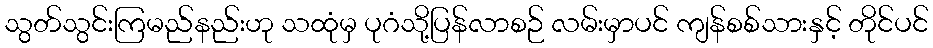
သွတ်သွင်းကြမည်နည်းဟု သထုံမှ ပုဂံသို့ပြန်လာစဉ် လမ်းမှာပင် ကျန်စစ်သားနှင့် တိုင်ပင်